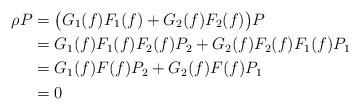
LaTeX: \begin{align*} \rho P &= \bigl(G_1(f)F_1(f)+G_2(f)F_2(f)\bigr)P \\ &= G_1(f)F_1(f)F_2(f)P_2 + G_2(f)F_2(f)F_1(f)P_1\\ &= G_1(f)F(f)P_2 + G_2(f)F(f)P_1 \quad\\ &= 0\quad\end{align*}